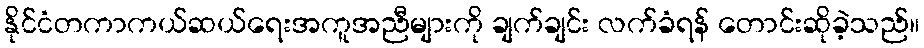
နိုင်ငံတကာကယ်ဆယ်ရေးအကူအညီများကို ချက်ချင်း လက်ခံရန် တောင်းဆိုခဲ့သည်။